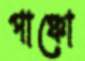
পাঞ্চো